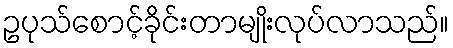
ဥပုသ်စောင့်ခိုင်းတာမျိုးလုပ်လာသည်။